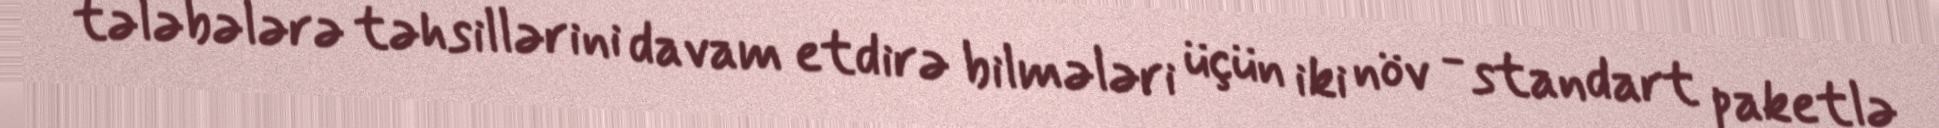
tələbələrə təhsillərini davam etdirə bilmələri üçün iki növ - standart paketlə